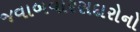
જવાબવારસદારોનો